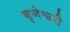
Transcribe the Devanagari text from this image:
बृजेश्वरी